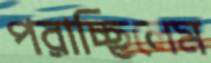
পরাচ্ছিলেম